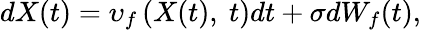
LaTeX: dX(t)=\upsilon_{f}\left(X(t),\ t\right)dt+\sigma dW_{f}(t),